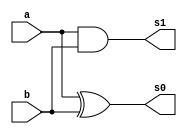
// ------------------------- 
// Exemplo_0801 - FULL ADDER 
// Nome: Larissa Domingues Gomes 
// -------------------------

// ------------------------- 
//  half adder 
// ------------------------- 
module halfAdder (output s1, s0, input a, b); 
 
    // descrever por portas 
    xor  XOR1 ( s0, a, b ); 
    and AND1  ( s1, a, b ); 
 
endmodule // halfAdder

// ------------------------- 
//  full adder 
// ------------------------- 
module fullAdder ( output s1, s0, input a, b, carryIn ); 
    
    wire s, c0, c1;
    
    halfAdder HA1(c0, s, a, b);
    halfAdder HA2(c1, s0, s, carryIn);
    or OR1 (s1, c0, c1);
    //assign s0 = (c0 | c1);
 
endmodule // fullAdder 

module Adder (output s0, s1, s2, s3, s4, input a0, a1, a2, a3, b0, b1, b2, b3);
    
    wire c0, c1, c2;
    
    halfAdder HA1(c0, s0, a0, b0);
    fullAdder FA1(c1, s1, a1, b1, c0 ); 
    fullAdder FA2(c2, s2, a2, b2, c1 ); 
    fullAdder FA3(s4, s3, a3, b3, c2 ); 
 
endmodule


module test_fullAdder; 
// ------------------------- definir dados       
    reg  [3:0] a;       
    reg  [3:0] b;              
    wire [4:0] s; 
    integer i, j;
 
   Adder A1(s[0], s[1], s[2], s[3], s[4], a[0], a[1], a[2], a[3], b[0], b[1], b[2], b[3]); 
 
// ------------------------- parte principal  
    initial begin        
        
      #1 a = 4'b0000; b = 10;
      
      $display("Exemplo0801 - Larissa Domingues Gomes - 650525");     
      $display("Test ALUs full adder"); 
      
      $display("a    + b    = s5   soma");
      
      $monitor("%b + %b = %b    %b%b%b%b",a, b, s[4], s[3], s[2], s[1], s[0]);
      
    

    for ( i = 0; i < 16; i = i + 1) begin
    for ( j = 0; j < 16; j = j + 1) begin
        #1 a=i; b=j;
    end
    end
   
 // projetar testes do somador completo 
    end 
 
endmodule // test_fullAdder